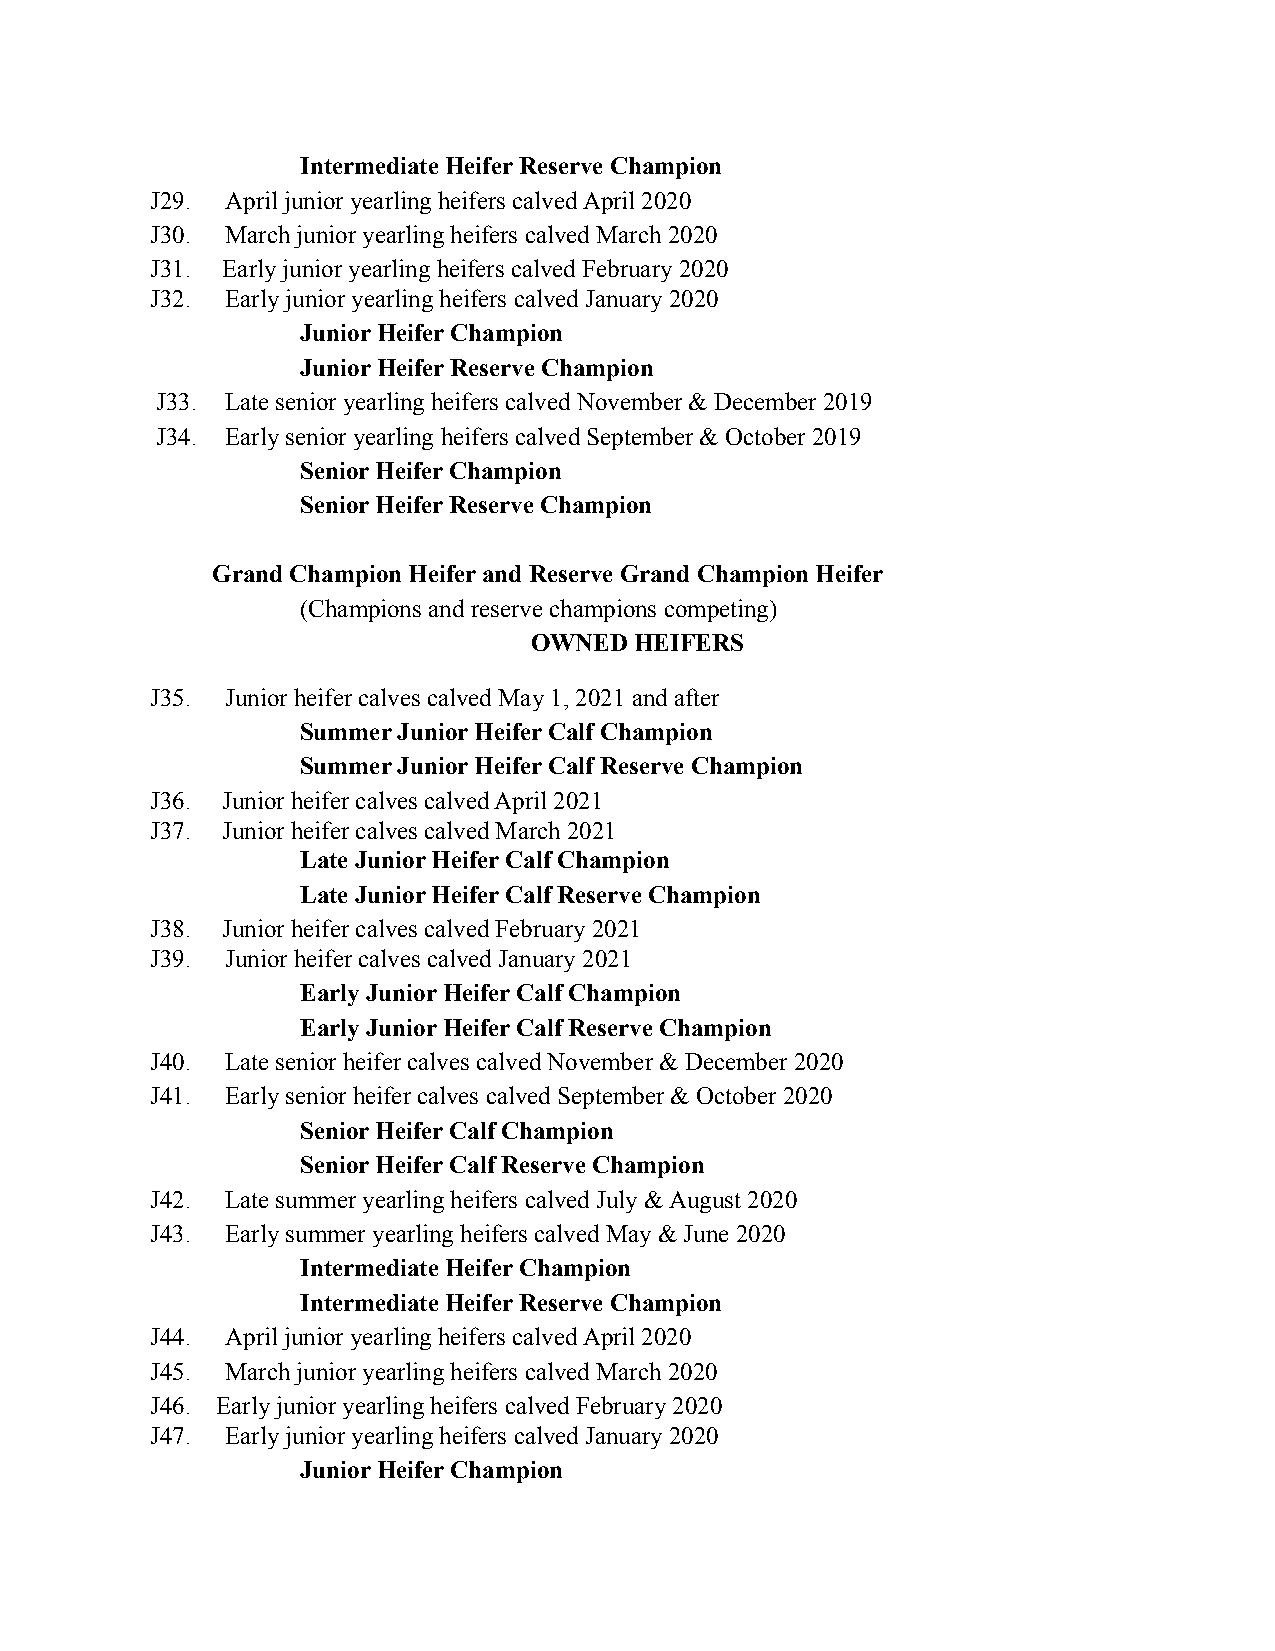
Intermediate Heifer Reserve Champion
 J29. April junior yearling heifers calved April 2020
 J30. March junior yearling heifers calved March 2020
 J31. Early junior yearling heifers calved February 2020
 J32. Early junior yearling heifers calved January 2020
 Junior Heifer Champion
 Junior Heifer Reserve Champion
 J33. Late senior yearling heifers calved November & December 2019
 J34. Early senior yearling heifers calved September & October 2019
 Senior Heifer Champion
 Senior Heifer Reserve Champion
 Grand Champion Heifer and Reserve Grand Champion Heifer
 (Champions and reserve champions competing)
 OWNED  HEIFERS
 J35. Junior heifer calves calved May 1, 2021 and after
 Summer Junior Heifer Calf Champion
 Summer Junior Heifer Calf Reserve Champion
 J36. Junior heifer calves calved April 2021
 J37. Junior heifer calves calved March 2021
 Late Junior Heifer Calf Champion
 Late Junior Heifer Calf Reserve Champion
 J38. Junior heifer calves calved February 2021
 J39. Junior heifer calves calved January 2021
 Early Junior Heifer Calf Champion
 Early Junior Heifer Calf Reserve Champion
 J40. Late senior heifer calves calved November & December 2020
 J41. Early senior heifer calves calved September & October 2020
 Senior Heifer Calf Champion
 Senior Heifer Calf Reserve Champion
 J42. Late summer yearling heifers calved July & August 2020
 J43. Early summer yearling heifers calved May & June 2020
 Intermediate Heifer Champion
 Intermediate Heifer Reserve Champion
 J44. April junior yearling heifers calved April 2020
 J45. March junior yearling heifers calved March 2020
 J46. Early junior yearling heifers calved February 2020
 J47. Early junior yearling heifers calved January 2020
 Junior Heifer Champion